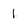
Character: 1